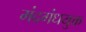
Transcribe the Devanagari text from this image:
मंदगंधयुक्त